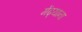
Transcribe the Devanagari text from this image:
मेंढ्याना